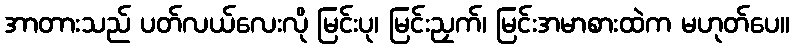
အာတားသည် ပတ်လယ်လေးလို မြင်းပု၊ မြင်းညှက်၊ မြင်းအမာစားထဲက မဟုတ်ပေ။